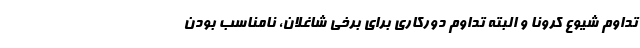
تداوم شیوع کرونا و البته تداوم دورکاری برای برخی شاغلان، نامناسب بودن